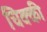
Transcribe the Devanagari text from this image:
चिक्‍की